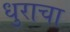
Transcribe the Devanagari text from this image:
धुराचा